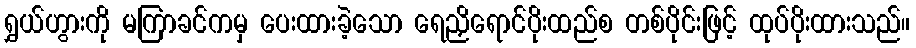
ရွှယ်ဟွားကို မကြာခင်ကမှ ပေးထားခဲ့သော ရေညှိရောင်ပိုးထည်စ တစ်ပိုင်းဖြင့် ထုပ်ပိုးထားသည်။